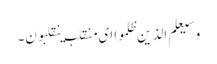
وسیعلم الذین ظلموا ای منقلب ینقلبون۔